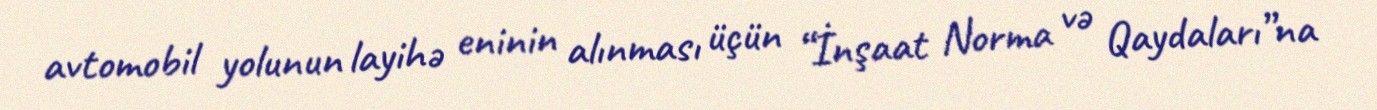
avtomobil yolunun layihə eninin alınması üçün “İnşaat Norma və Qaydaları”na